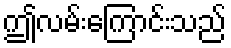
ဤလမ်းကြောင်းသည်